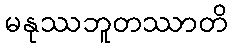
မနုဿဘူတဿာတိ